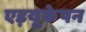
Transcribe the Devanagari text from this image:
एड़यूकेषन